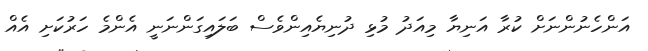
އަންހެނުންނަށް ކުރާ އަނިޔާ މިއަދު މުޅި ދުނިޔެއިންވެސް ބަލައިގަންނަނީ އެންމެ ހަރުކަށި އެއް